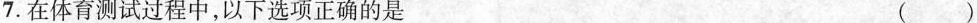
7.在体育测试过程中，以下选项正确的是 ( )